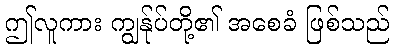
ဤလူကား ကျွန်ုပ်တို့၏ အစေခံ ဖြစ်သည်